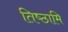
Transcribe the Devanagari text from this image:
तिष्‍ठामि